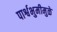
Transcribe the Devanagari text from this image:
पार्श्वभुमीमुळे